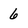
Character: 6